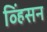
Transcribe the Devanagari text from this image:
व्हिंसन